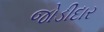
જોડીદાર